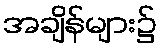
အချိန်များ၌